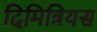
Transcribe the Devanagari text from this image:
दिमित्रियस